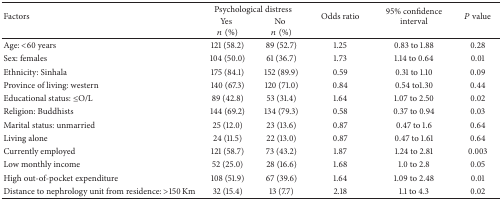
<table><thead><tr><td rowspan="2"><b>Factors</b></td><td colspan="2"><b> Psychological distress</b></td><td rowspan="2"><b>Odds ratio</b></td><td rowspan="2"><b>95% confidence interval</b></td><td rowspan="2"><b><i>P</i> value</b></td></tr><tr><td><b>Yes<i>n</i>(%)</b></td><td><b>No<i>n</i>(%)</b></td></tr></thead><tbody><tr><td>Age: &lt;60 years</td><td>121 (58.2)</td><td>89 (52.7)</td><td>1.25</td><td>0.83 to 1.88</td><td>0.28</td></tr><tr><td>Sex: females</td><td>104 (50.0)</td><td>61 (36.7)</td><td>1.73</td><td>1.14 to 0.64</td><td>0.01</td></tr><tr><td>Ethnicity: Sinhala</td><td>175 (84.1)</td><td>152 (89.9)</td><td>0.59</td><td>0.31 to 1.10</td><td>0.09</td></tr><tr><td>Province of living: western</td><td>140 (67.3)</td><td>120 (71.0)</td><td>0.84</td><td>0.54 to1.30</td><td>0.44</td></tr><tr><td>Educational status: ≤O/L</td><td>89 (42.8)</td><td>53 (31.4)</td><td>1.64</td><td>1.07 to 2.50</td><td>0.02</td></tr><tr><td>Religion: Buddhists</td><td>144 (69.2)</td><td>134 (79.3)</td><td>0.58</td><td>0.37 to 0.94</td><td>0.03</td></tr><tr><td>Marital status: unmarried</td><td>25 (12.0)</td><td>23 (13.6)</td><td>0.87</td><td>0.47 to 1.6</td><td>0.64</td></tr><tr><td>Living alone</td><td>24 (11.5)</td><td>22 (13.0)</td><td>0.87</td><td>0.47 to 1.61</td><td>0.64</td></tr><tr><td>Currently employed</td><td>121 (58.7)</td><td>73 (43.2)</td><td>1.87</td><td>1.24 to 2.81</td><td>0.003</td></tr><tr><td>Low monthly income</td><td>52 (25.0)</td><td>28 (16.6)</td><td>1.68</td><td>1.0 to 2.8</td><td>0.05</td></tr><tr><td>High out-of-pocket expenditure</td><td>108 (51.9)</td><td>67 (39.6)</td><td>1.64</td><td>1.09 to 2.48</td><td>0.01</td></tr><tr><td>Distance to nephrology unit from residence: &gt;150 Km</td><td>32 (15.4)</td><td>13 (7.7)</td><td>2.18</td><td>1.1 to 4.3</td><td>0.02</td></tr></tbody></table>